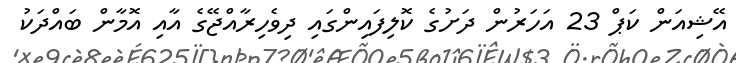
އޭޝިއަން ކަޕް 23 އަހަރުން ދަށުގެ ކޮލިފައިންގައި ދިވެހިރާއްޖޭގެ އާއި އޮމާން ބައްދަކު